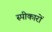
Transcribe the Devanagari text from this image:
स्पीकारों